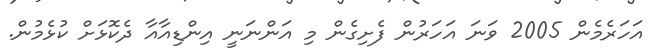
އަހަރެމެން 2005 ވަނަ އަހަރުން ފެށިގެން މި އަންނަނީ އިންޑިއާއާ ދެކޮޅަށް ކުޅެމުން.